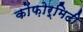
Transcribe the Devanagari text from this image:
कोंफ़ोर्मिटी